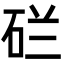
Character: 𬒇